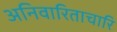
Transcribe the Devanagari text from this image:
अनिवारिताचारि